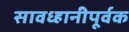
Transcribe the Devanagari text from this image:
सावध्हानीपूर्वक